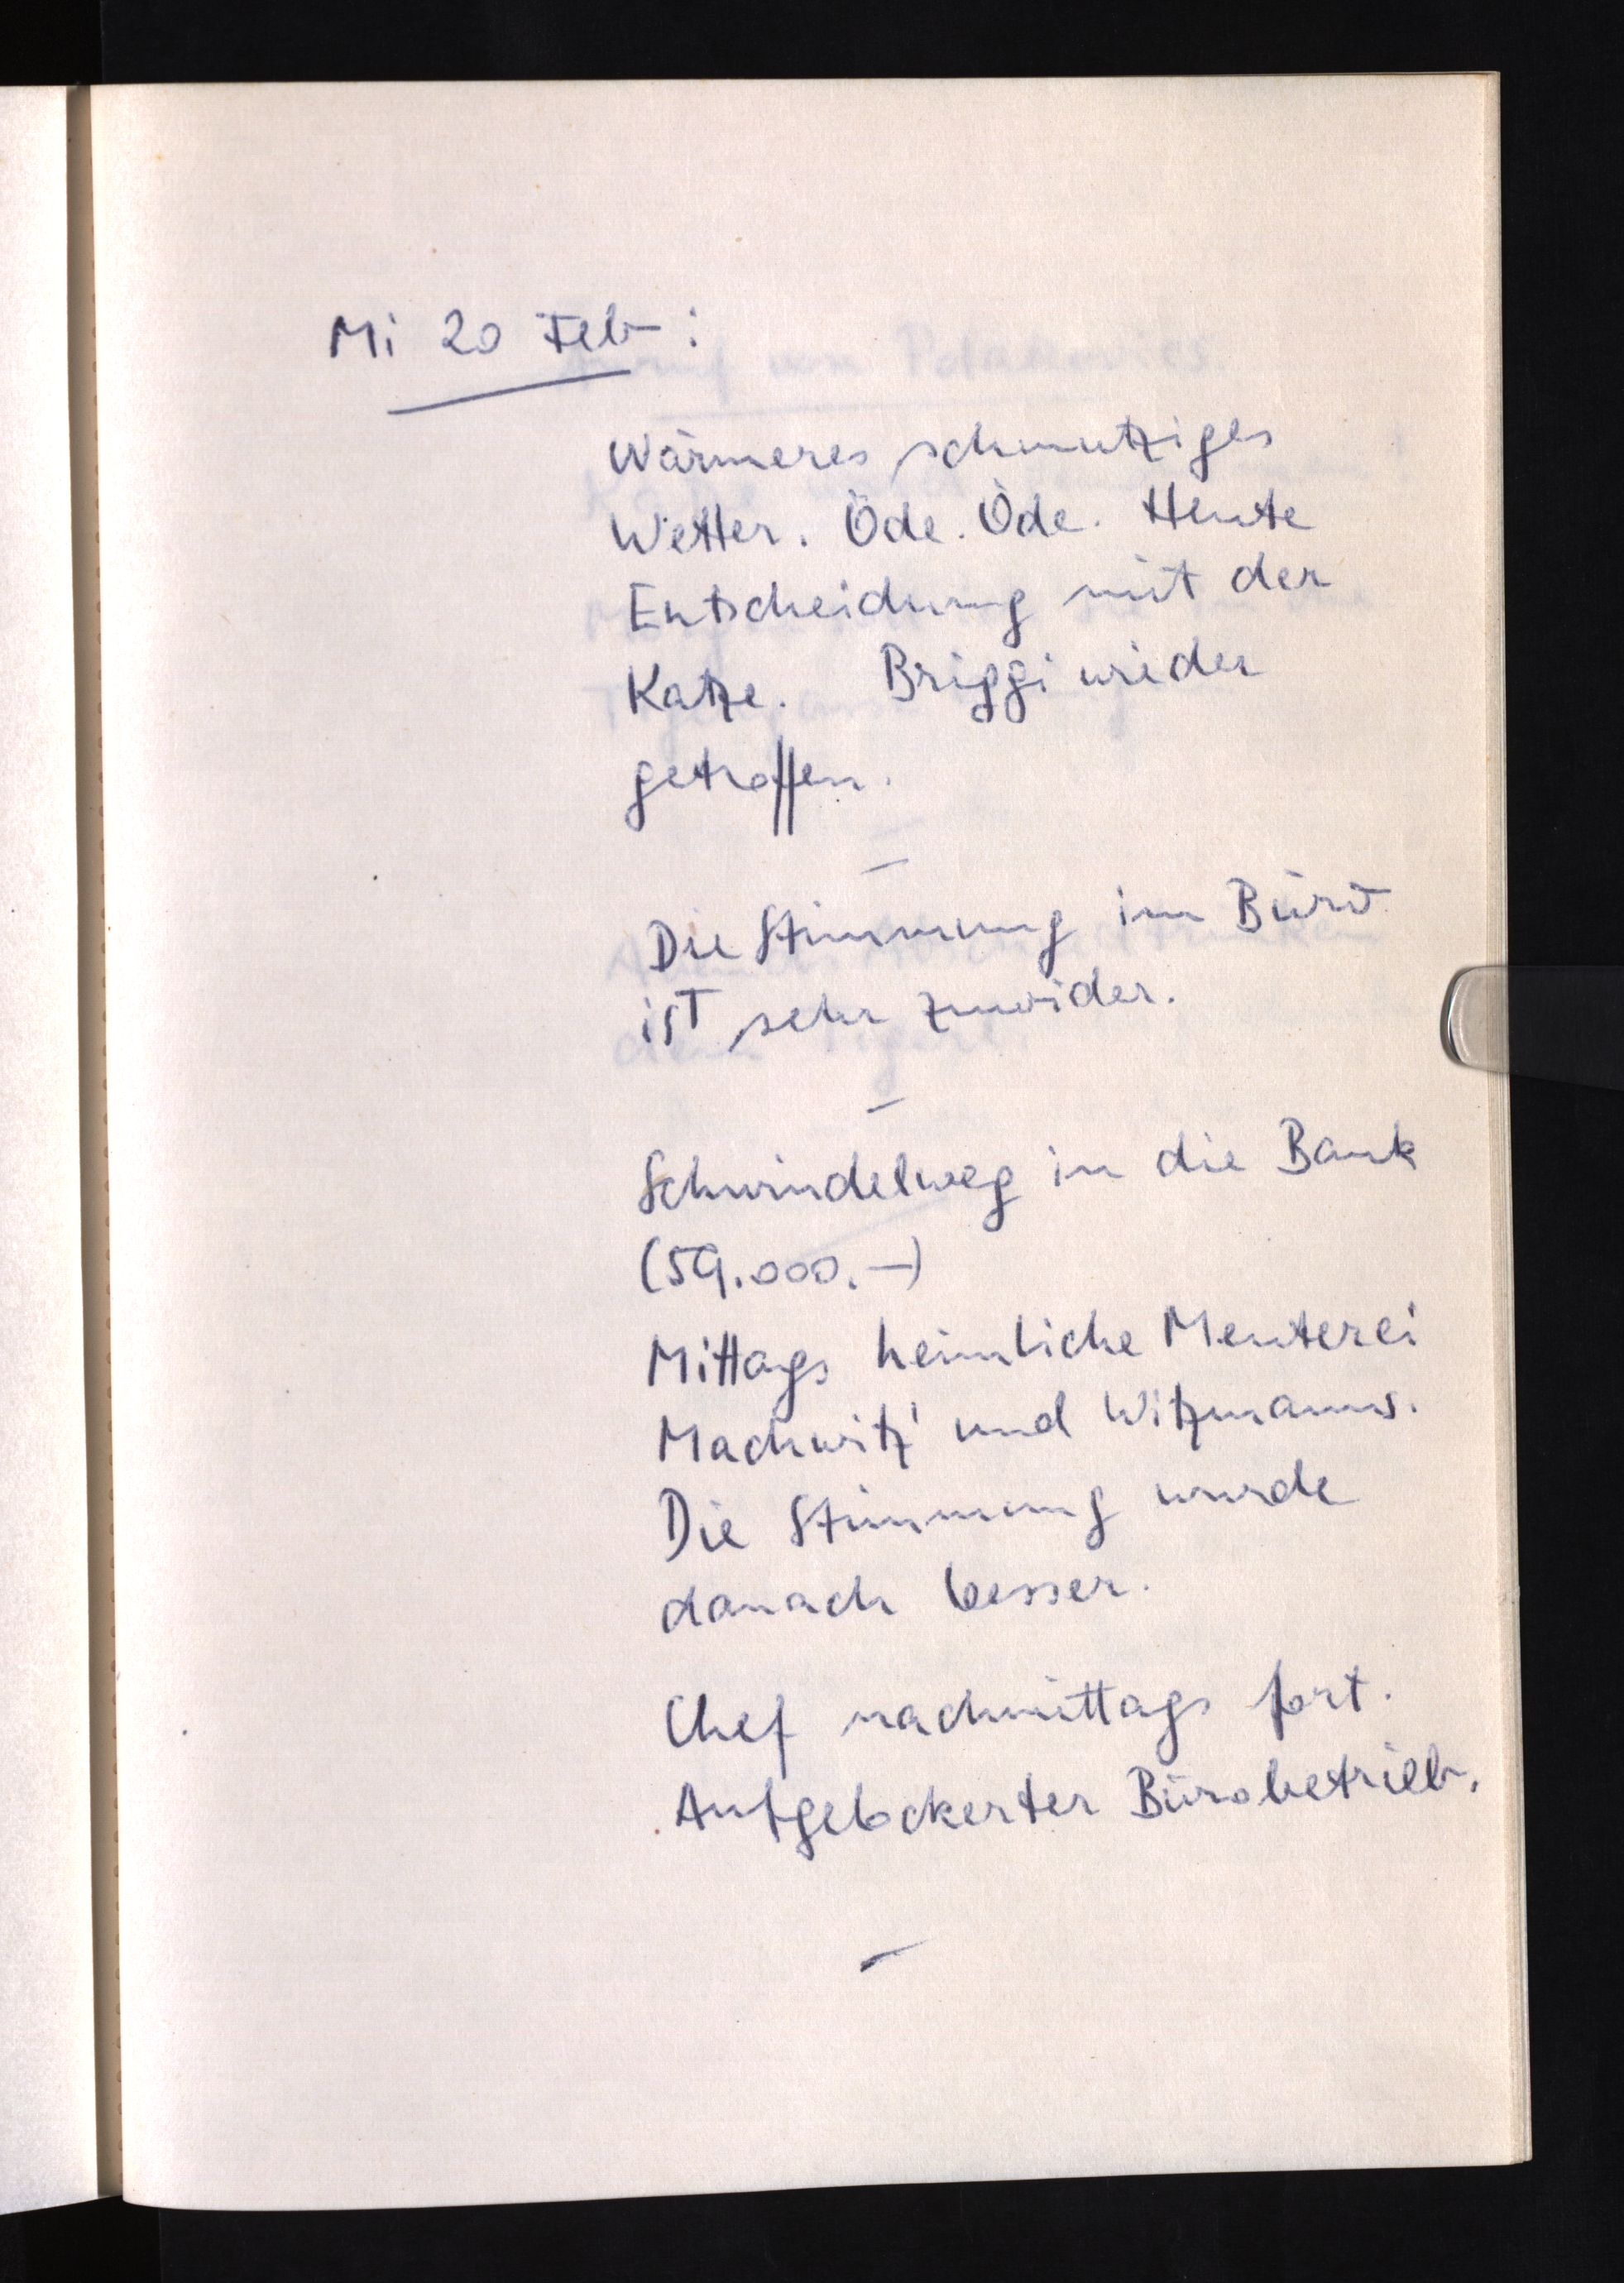
Mi 20 Feb:
Wärmeres schmutziges
Wetter. Öde. Öde. Heute
Entscheidung mit der
Katze. Briggi wieder
getroffen.
Die Stimmung im Büro
ist sehr zuwider.
Schwindelweg in die Bank
(59.000.-)
Mittags heimliche Meuterei
Machwitz' und Witzmanns.
Die Stimmung wurde
danach besser.
Chef nachmittags fort.
Aufgelockerter Bürobetrieb.